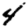
Digit: 4